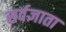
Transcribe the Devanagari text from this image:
सर्वज्ञाता